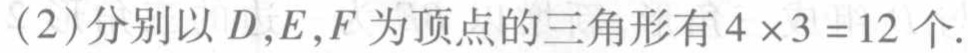
(2)分别以\(D,E,F\)为顶点的三角形有\(4\times3 = 12\)个.